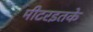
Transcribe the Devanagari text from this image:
मीटरइतके